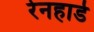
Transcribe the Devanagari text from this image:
रेनहार्ड